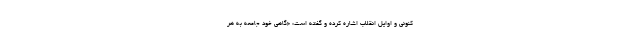
کنونی و اوایل انقلاب اشاره کرده و گفته است: «گاهی خود جامعه به هر